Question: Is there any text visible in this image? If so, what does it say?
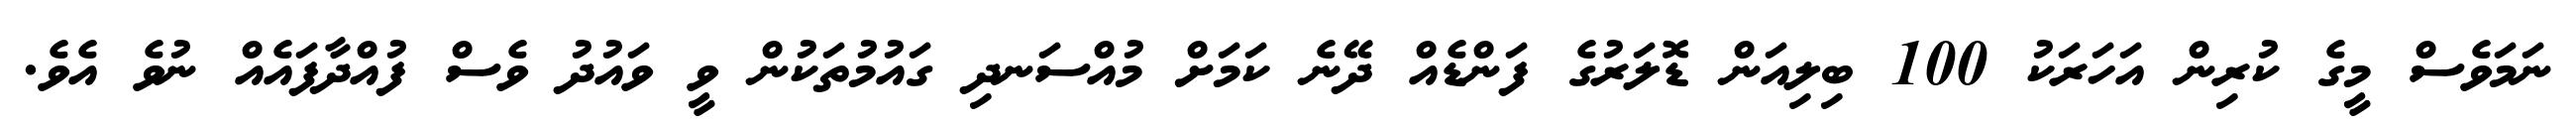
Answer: ނަމަވެސް މީގެ ކުރިން އަހަރަކު 100 ބިލިއަން ޑޮލަރުގެ ފަންޑެއް ދޭނެ ކަމަށް މުއްސަނދި ގައުމުތަކުން ވީ ވައުދު ވެސް ފުއްދާފައެއް ނުވެ އެވެ.